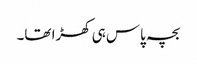
بچہ پاس ہی کھڑا تھا۔